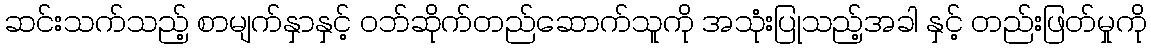
ဆင်းသက်သည့် စာမျက်နှာနှင့် ဝဘ်ဆိုက်တည်ဆောက်သူကို အသုံးပြုသည့်အခါ နှင့် တည်းဖြတ်မှုကို